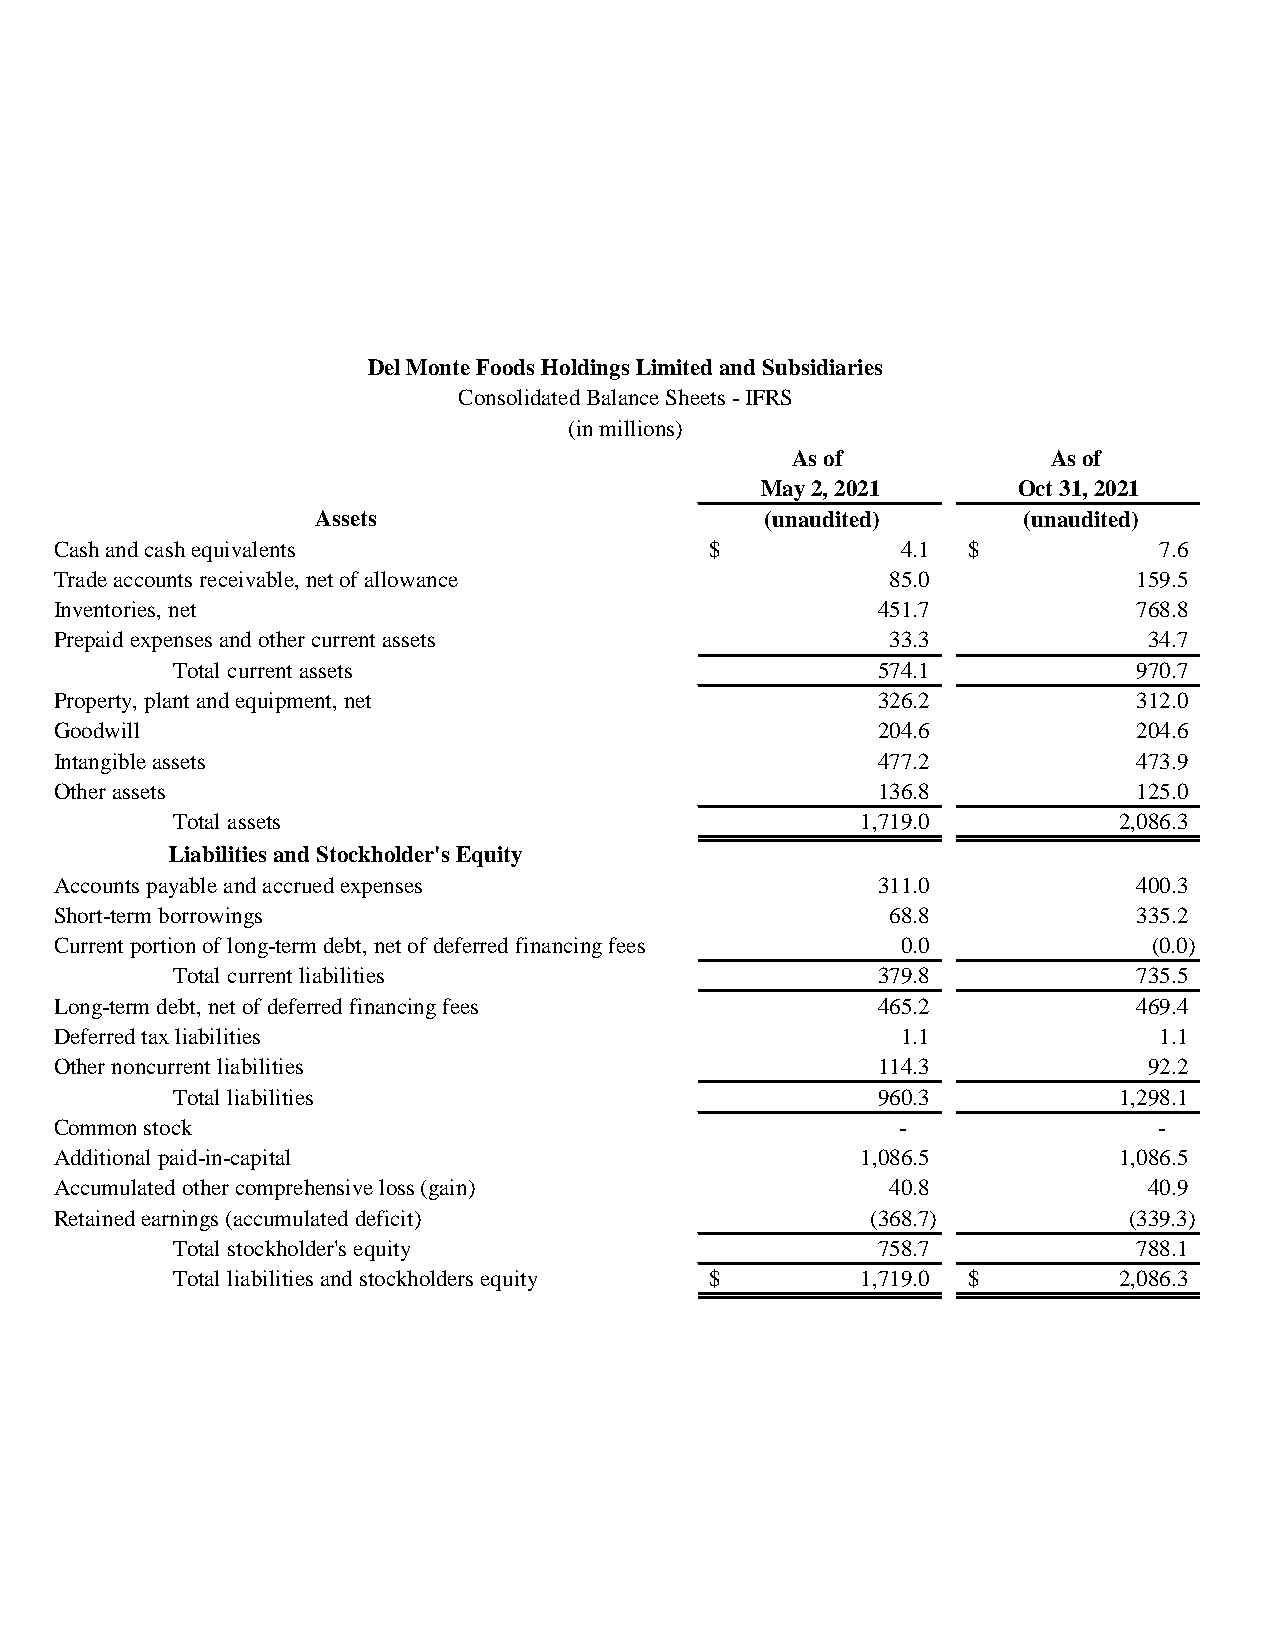
Del Monte Foods Holdings Limited and Subsidiaries
 Consolidated Balance Sheets - IFRS
 (in millions)
 As of             As of
 May 2, 2021      Oct 31, 2021
 Assets                        (unaudited)      (unaudited)
 Cash and cash equivalents                  $            4.1 $            7.6
 Trade accounts receivable, net of allowance            85.0            159.5
 Inventories, net                                      451.7            768.8
 Prepaid expenses and other current assets              33.3             34.7
 Total current assets                           574.1            970.7
 Property, plant and equipment, net                    326.2            312.0
 Goodwill                                              204.6            204.6
 Intangible assets                                     477.2            473.9
 Other assets                                          1 36.8           1 25.0
 Total assets                                  1,719.0          2,086.3
 Liabilities and Stockholder's Equity
 Accounts payable and accrued expenses                 311.0            400.3
 Short-term borrowings                                  68.8            335.2
 Current portion of long-term debt, net of deferred financing fees 0.0   ( 0.0)
 Total current liabilities                      379.8            735.5
 Long-term debt, net of deferred financing fees        465.2            469.4
 Deferred tax liabilities                                1.1              1.1
 Other noncurrent liabilities                          114.3             92.2
 Total liabilities                              960.3           1,298.1
 Common stock                                            -                -
 Additional paid-in-capital                           1,086.5          1,086.5
 Accumulated other comprehensive loss (gain)            40.8             40.9
 Retained earnings (accumulated deficit)               ( 368.7)         ( 339.3)
 Total stockholder's equity                     758.7            788.1
 Total liabilities and stockholders equity $   1,719.0 $        2,086.3